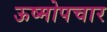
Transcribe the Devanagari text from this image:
ऊष्मोपचार